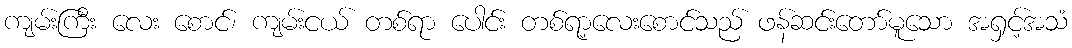
ကျမ်းကြီး လေး စောင်၊ ကျမ်းငယ် တစ်ရာ ပေါင်း တစ်ရာ့လေးစောင်သည် ဖန်ဆင်းတော်မူသော အရှင့်အသံ